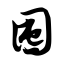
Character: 囤